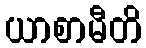
ယာစာမီတိ